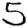
Digit: 5